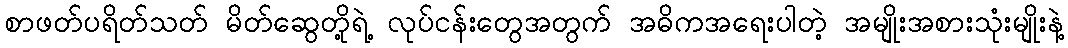
စာဖတ်ပရိတ်သတ် မိတ်ဆွေတို့ရဲ့ လုပ်ငန်းတွေအတွက် အဓိကအရေးပါတဲ့ အမျိုးအစားသုံးမျိုးနဲ့